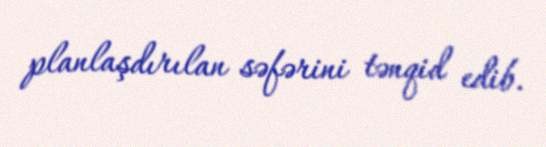
planlaşdırılan səfərini tənqid edib.